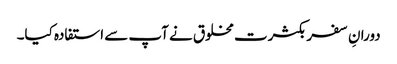
دورانِ سفر بکثرت مخلوق نے آپ سے استفادہ کیا۔